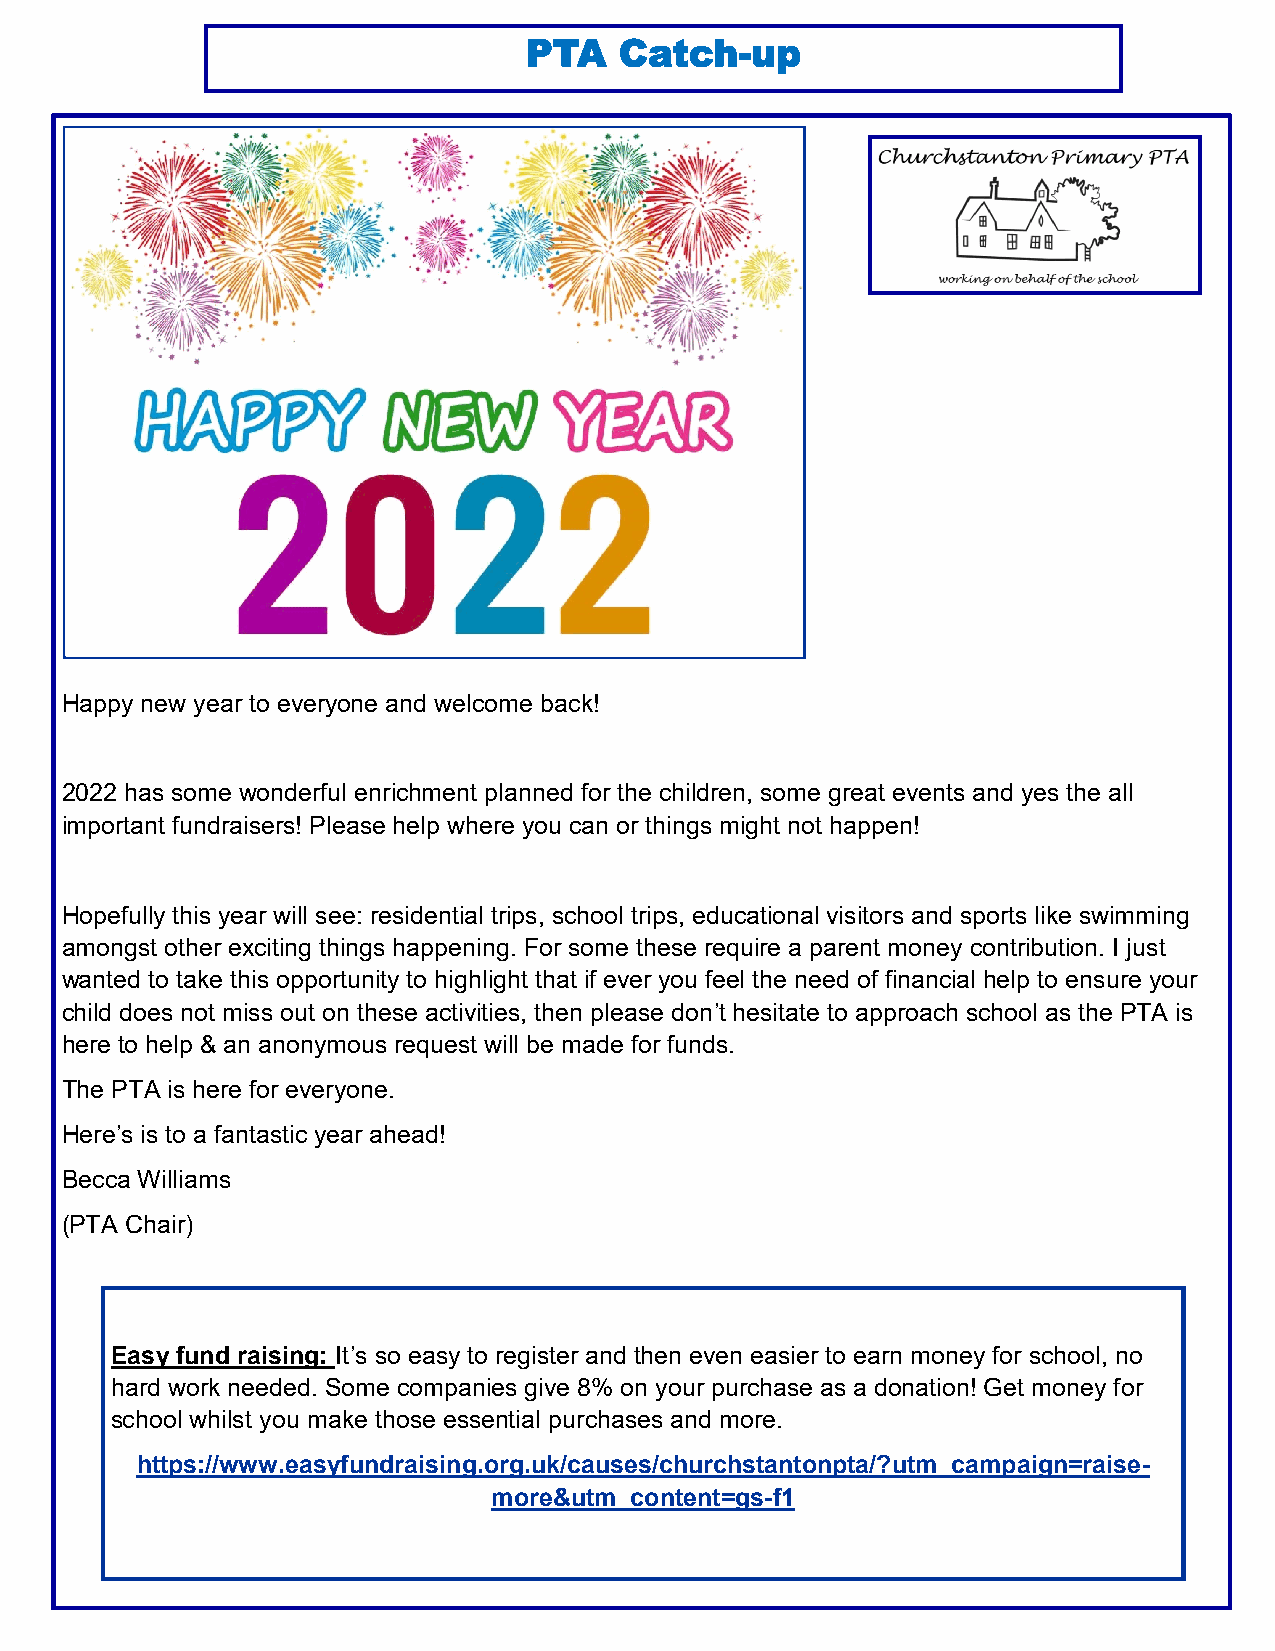
PTA   Catch-up
 Happy new year to everyone and welcome back!
 2022 has some wonderful enrichment planned for the children, some great events and yes the all
 important fundraisers! Please help where you can or things might not happen!
 Hopefully this year will see: residential trips, school trips, educational visitors and sports like swimming
 amongst other exciting things happening. For some these require a parent money contribution. I just
 wanted to take this opportunity to highlight that if ever you feel the need of financial help to ensure your
 child does not miss out on these activities, then please don’t hesitate to approach school as the PTA is
 here to help & an anonymous request will be made for funds.
 The PTA is here for everyone.
 Here’s is to a fantastic year ahead!
 Becca Williams
 (PTA Chair)
 Easy fund raising: It’s so easy to register and then even easier to earn money for school, no
 hard work needed. Some companies give 8% on your purchase as a donation! Get money for
 school whilst you make those essential purchases and more.
 https://www.easyfundraising.org.uk/causes/churchstantonpta/?utm_campaign=raise-
 more&utm_content=gs-f1